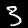
Label: 3